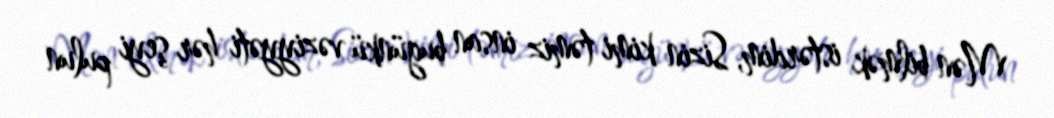
Mən bilmək istərdim, Sizin kimi təmiz insan bugünkü vəziyyəti hər şeyi pulun